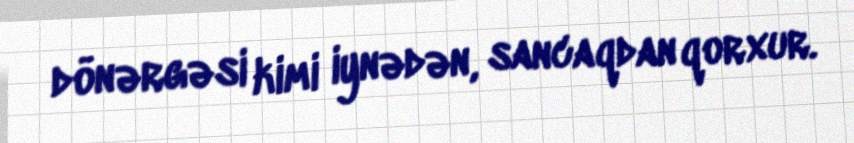
dönərgəsi kimi iynədən, sancaqdan qorxur.